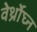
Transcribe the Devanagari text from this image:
वेर्थ्रोघ्न